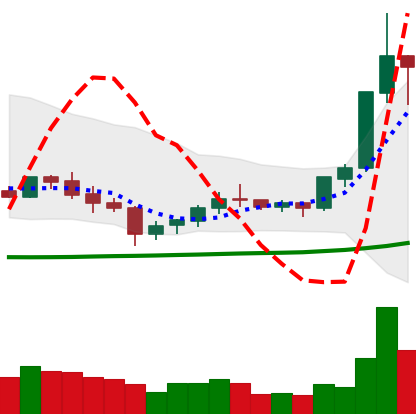
Ticker: XLM-USD
Chart end date: 2020-07-10
Forward return: 5.769%
Label: up_5_7